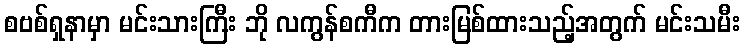
စဗစ်ရှနာမှာ မင်းသားကြီး ဘို လကွန်စကီက တားမြစ်ထားသည့်အတွက် မင်းသမီး